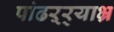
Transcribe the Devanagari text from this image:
पांढऱ्र्‍याभ्र